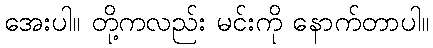
အေးပါ။ တို့ကလည်း မင်းကို နောက်တာပါ။